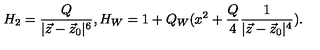
H _ { 2 } = { \frac { Q } { | \vec { z } - \vec { z } _ { 0 } | ^ { 6 } } } , H _ { W } = 1 + Q _ { W } ( x ^ { 2 } + { \frac { Q } { 4 } } { \frac { 1 } { | \vec { z } - \vec { z } _ { 0 } | ^ { 4 } } } ) .